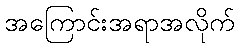
အကြောင်းအရာအလိုက်